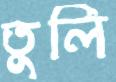
তুলি